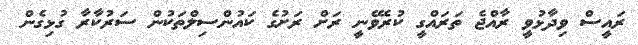
ރައީސް ވިދާޅުވީ ރާއްޖެ ތަރައްގީ ކުރެވޭނީ ރަށް ރަށުގެ ކައުންސިލްތަކުން ސަރުކާރާ ގުޅިގެން